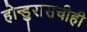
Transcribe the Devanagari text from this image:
होन्डुरासचीही